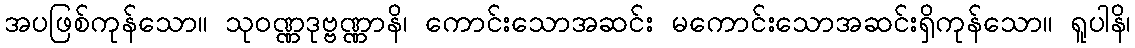
အပဖြစ်ကုန်သော။ သုဝဏ္ဏဒုဗ္ဗဏ္ဏာနိ၊ ကောင်းသောအဆင်း မကောင်းသောအဆင်းရှိကုန်သော။ ရူပါနိ၊